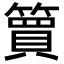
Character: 簤